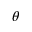
\theta